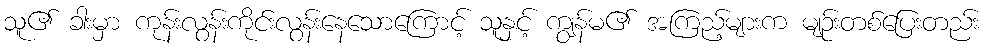
သူ၏ ခါးမှာ ကုန်းလွန်းကိုင်းလွန်းနေသောကြောင့် သူနှင့် ကျွန်မ၏ အကြည့်များက မျဉ်းတစ်ပြေးတည်း